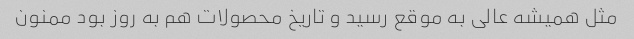
مثل همیشه عالی به موقع رسید و تاریخ محصولات هم به روز بود ممنون